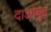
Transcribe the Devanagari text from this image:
दाओबुइ